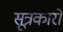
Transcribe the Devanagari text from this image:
सूत्रकारों